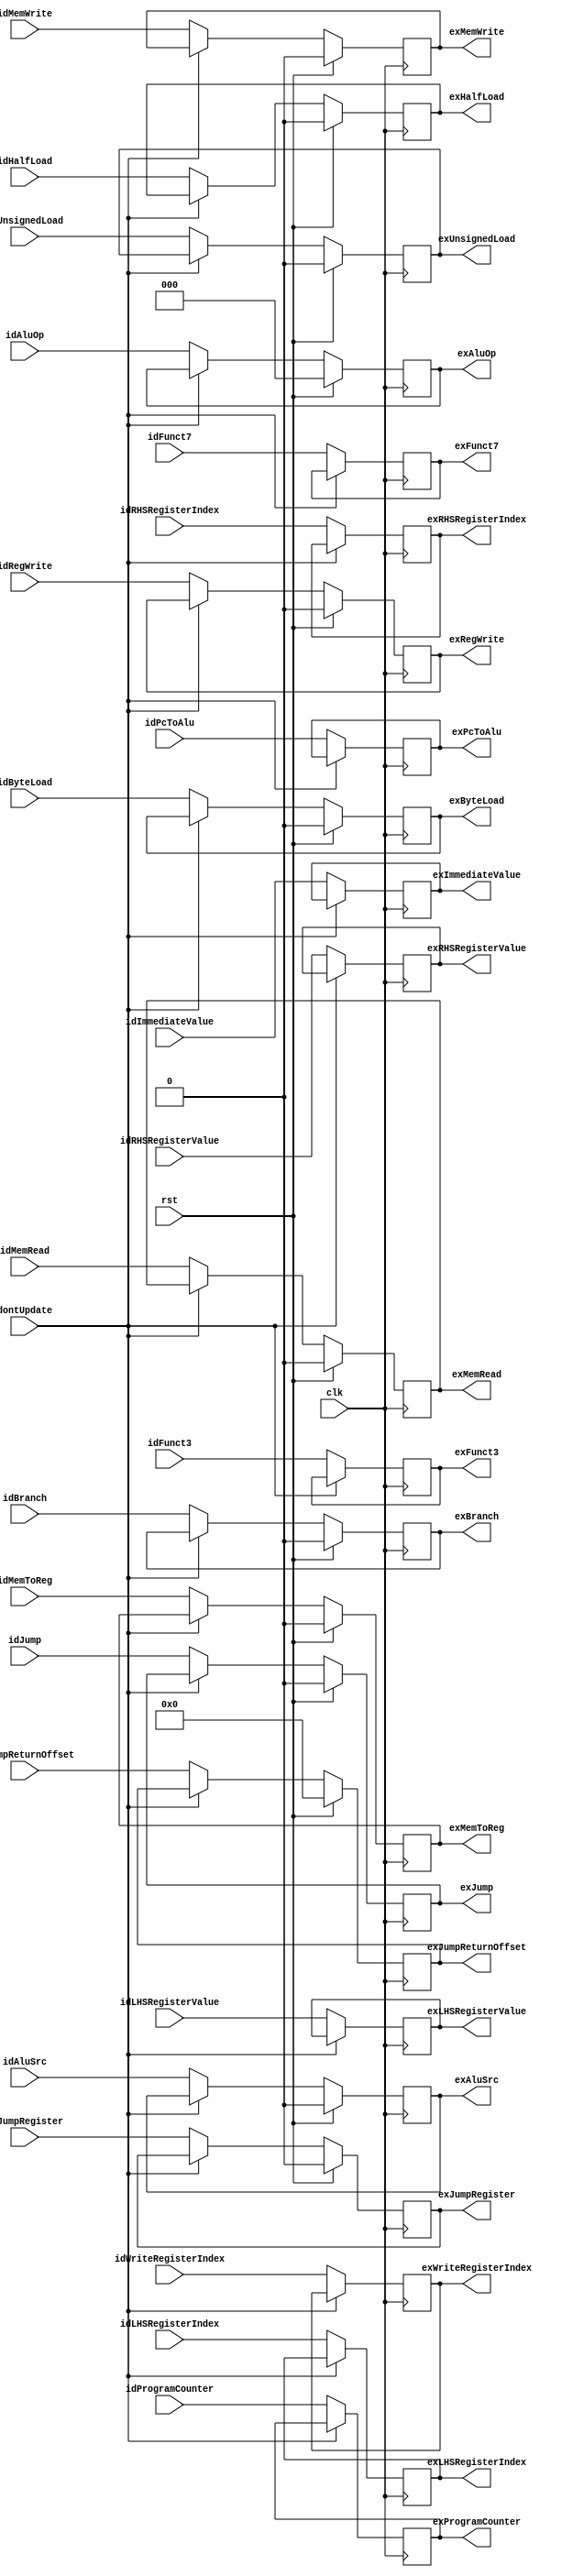
module ID_EX_Barrier(
  input clk,
  input rst,
  input dontUpdate,
  input [31:0] idProgramCounter,
  input [31:0] idLHSRegisterValue,
  input [31:0] idRHSRegisterValue,
  input [4:0] idLHSRegisterIndex,
  input [4:0] idRHSRegisterIndex,
  input [4:0] idWriteRegisterIndex,
  input [31:0] idImmediateValue,
  input [2:0] idFunct3,
  input [6:0] idFunct7,
  input [2:0] idAluOp,
  input idAluSrc,
  input idMemWrite,
  input idMemRead,
  input idMemToReg,
  input idRegWrite,
  input idPcToAlu,
  input idJump,
  input idJumpRegister,
  input idBranch,
  input idByteLoad,
  input idHalfLoad,
  input idUnsignedLoad,
  input [31:0] idJumpReturnOffset,
  output reg [31:0] exProgramCounter,
  output reg [31:0] exLHSRegisterValue,
  output reg [31:0] exRHSRegisterValue,
  output reg [4:0] exLHSRegisterIndex,
  output reg [4:0] exRHSRegisterIndex,
  output reg [4:0] exWriteRegisterIndex,
  output reg [31:0] exImmediateValue,
  output reg [2:0] exFunct3,
  output reg [6:0] exFunct7,
  output reg [2:0] exAluOp,
  output reg exAluSrc,
  output reg exMemWrite,
  output reg exMemRead,
  output reg exMemToReg,
  output reg exRegWrite,
  output reg exPcToAlu,
  output reg exJump,
  output reg exJumpRegister,
  output reg exBranch,
  output reg exByteLoad,
  output reg exHalfLoad,
  output reg exUnsignedLoad,
  output reg [31:0] exJumpReturnOffset
);

always @(posedge clk) begin
  if (dontUpdate == 0) begin
    exProgramCounter <= idProgramCounter;
    exLHSRegisterValue <= idLHSRegisterValue;
    exRHSRegisterValue <= idRHSRegisterValue;
    exLHSRegisterIndex <= idLHSRegisterIndex;
    exRHSRegisterIndex <= idRHSRegisterIndex;
    exWriteRegisterIndex <= idWriteRegisterIndex;
    exImmediateValue <= idImmediateValue;
    exFunct3 <= idFunct3;
    exFunct7 <= idFunct7;
    exAluOp <= idAluOp;
    exAluSrc <= idAluSrc;
    exMemWrite <= idMemWrite;
    exMemRead <= idMemRead;
    exMemToReg <= idMemToReg;
    exRegWrite <= idRegWrite;
    exPcToAlu <= idPcToAlu;
    exJump <= idJump;
    exJumpRegister <= idJumpRegister;
    exBranch <= idBranch;
    exByteLoad <= idByteLoad;
    exHalfLoad <= idHalfLoad;
    exUnsignedLoad <= idUnsignedLoad;
    exJumpReturnOffset <= idJumpReturnOffset;
  end

  if (rst) begin
    exAluOp <= 0;
    exAluSrc <= 0;
    exMemWrite <= 0;
    exMemRead <= 0;
    exMemToReg <= 0;
    exRegWrite <= 0;
    exJump <= 0;
    exJumpRegister <= 0;
    exBranch <= 0;
    exByteLoad <= 0;
    exHalfLoad <= 0;
    exUnsignedLoad <= 0;
    exJumpReturnOffset <= 0;
  end
end

endmodule